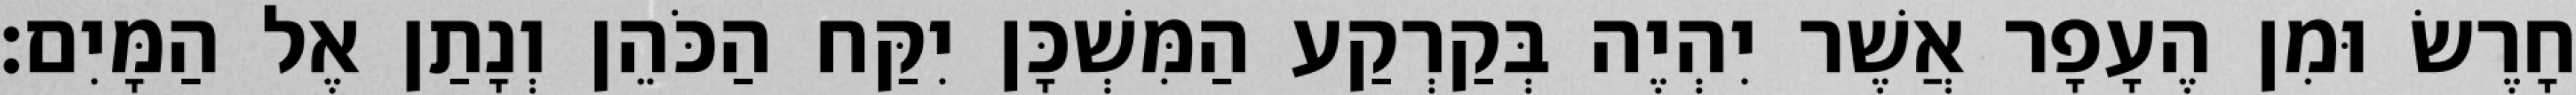
חָרֶשׂ וּמִן הֶעָפָר אֲשֶׁר יִהְיֶה בְּקַרְקַע הַמִּשְׁכָּן יִקַּח הַכֹּהֵן וְנָתַן אֶל הַמָּיִם׃